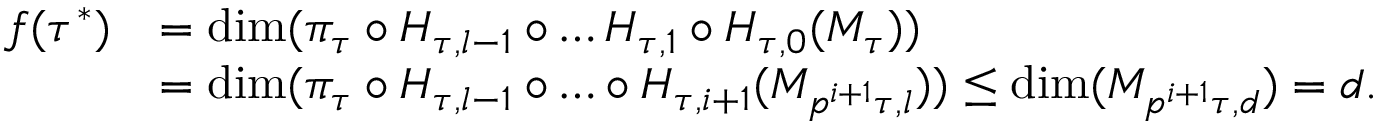
\begin{array} { r l } { f ( \tau ^ { * } ) } & { = \dim ( \pi _ { \tau } \circ H _ { \tau , l - 1 } \circ \dots H _ { \tau , 1 } \circ H _ { \tau , 0 } ( M _ { \tau } ) ) } \\ & { = \dim ( \pi _ { \tau } \circ H _ { \tau , l - 1 } \circ \dots \circ H _ { \tau , i + 1 } ( M _ { p ^ { i + 1 } \tau , l } ) ) \leq \dim ( M _ { p ^ { i + 1 } \tau , d } ) = d . } \end{array}